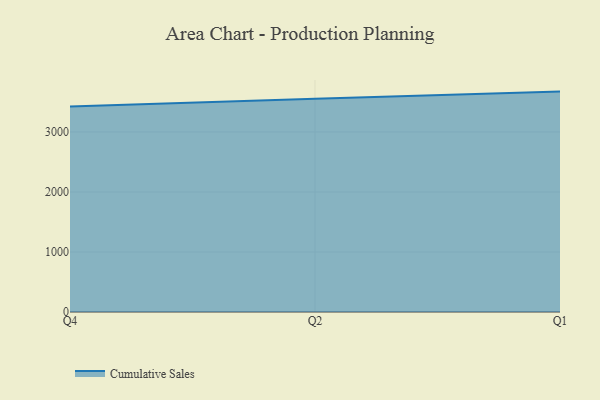
{"axis": {"x": "Quarter", "y": "Gross Profit (USD K)"}, "legend": ["Cumulative Sales"], "data": [{"x": "Q4", "y": 3424.8, "type": "Cumulative Sales"}, {"x": "Q2", "y": 3555.1, "type": "Cumulative Sales"}, {"x": "Q1", "y": 3672.5, "type": "Cumulative Sales"}]}